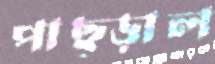
পাছ্‌ড়াল